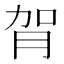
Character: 𦙺